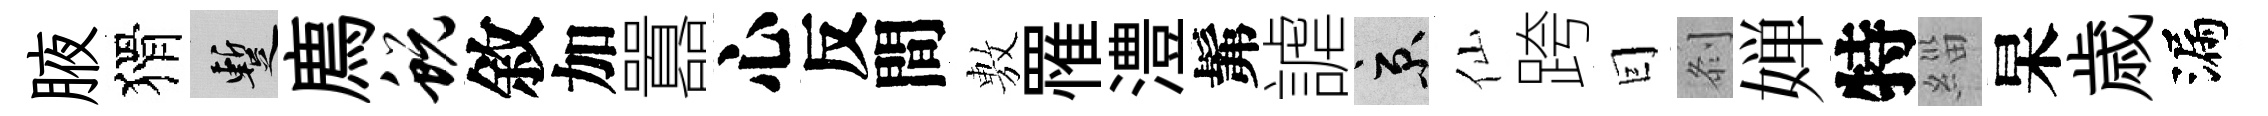
腋猾暫廌蜕敘加囂心反間𢾾罹澧髴謔京仙跨囙𠛴婵特緇杲歳漏